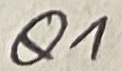
Text: Q1